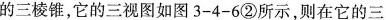
的三棱锥，它的三视图如图3-4-6②所示，则在它的三